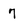
Character: 7